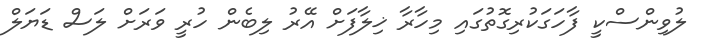
ލުވިންސްކީ ފާހަގަކުރިގޮތުގައި މިހާރާ ޚިލާފަށް އޭރު ލިބެން ހުރީ ވަރަށް ލަސް ޑަޔަލް